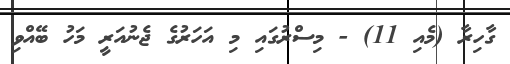
ގާހިރާ (މެއި 11) - މިސްރުގައި މި އަހަރުގެ ޖެނުއަރީ މަހު ބޭއްވި